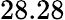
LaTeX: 28.28